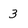
Character: 3